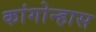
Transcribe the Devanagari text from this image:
कांगोन्हास